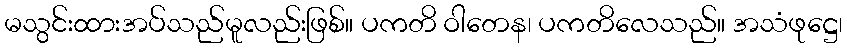
မသွင်းထားအပ်သည်မူလည်းဖြစ်။ ပကတိ ဝါတေန၊ ပကတိလေသည်။ အသံဖုဋ္ဌေ၊